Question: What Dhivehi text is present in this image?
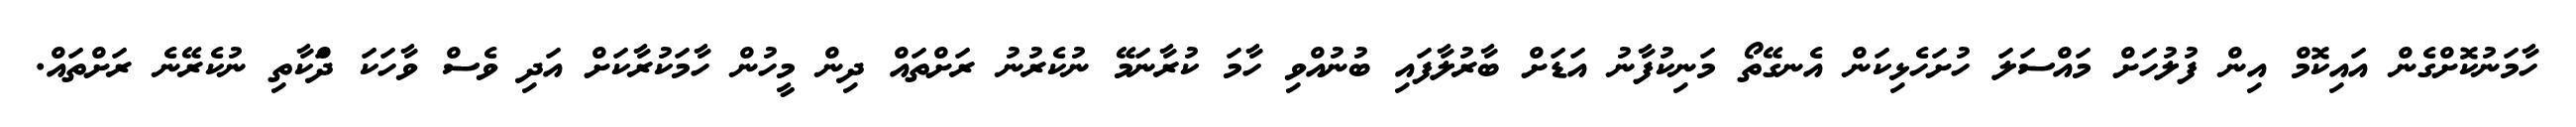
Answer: ހާމަނުކޮށްގެން އައިކޮމް އިން ފުލުހަށް މައްސަލަ ހުށަހެޅިކަން އެނގޭތޯ މަނިކުފާނު އަޑަށް ބާރުލާފައި ބުނުއްވި ހާމަ ކުރާނަމޭ ނުކެރުނު ރަށްތައް ދިން މީހުން ހާމަކުރާކަށް އަދި ވެސް ވާހަކަ ދަްކާތި ނުކެރޭނެ ރަށްތައް.